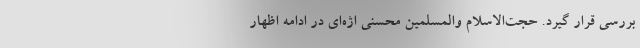
بررسی قرار گیرد. حجت‌الاسلام والمسلمین محسنی اژه‌ای در ادامه اظهار